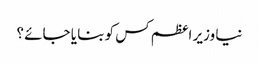
نیا وزیر اعظم کس کو بنا یا جائے ؟